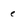
Character: e